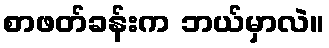
စာဖတ်ခန်းက ဘယ်မှာလဲ။